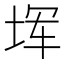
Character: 𪣒